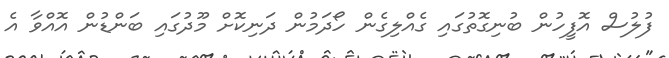
ފުލުސް އޮފީހުން ބުނިގޮތުގައި ގެއްލިގެން ހޯދަމުން ދަނިކޮށް މޫދުގައި ބަންޑުން އޮއްވާ އެ